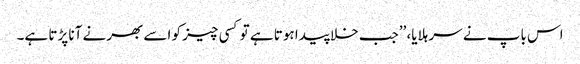
اس باپ نے سر ہلایا، ’’جب خلا پیدا ہوتا ہے تو کسی چیز کو اسے بھرنے آنا پڑتا ہے۔